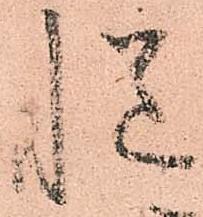
慥